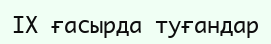
IX ғасырда туғандар